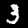
Digit: 3